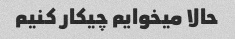
حالا میخوایم چیکار کنیم